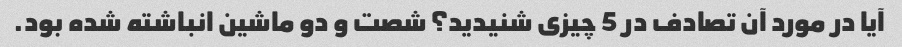
آیا در مورد آن تصادف در 5 چیزی شنیدید؟ شصت و دو ماشین انباشته شده بود.